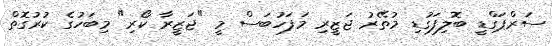
ސަރްޕަގްޑީ ބޮލިފަގުޑި މުތޭރު ޖަޒީރި މަފަހުބަސް މީ "ޖަޒީރާ ކޯރި" މިބަހުގެ ކުރުގޮތް